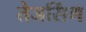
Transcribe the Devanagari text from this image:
तेजसिंग